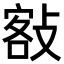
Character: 𢾏